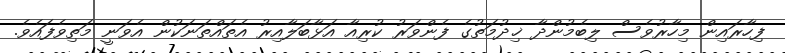
ފިހާރައިން މިހާރުވެސް ލިބެމުންދާ ޚިދުމަތުގެ ފެންވަރު ކުރިއާ އަޅާބަލާއިރު އެތައްތަނަކުން އެވަނީ މަތިވެފައެވެ.